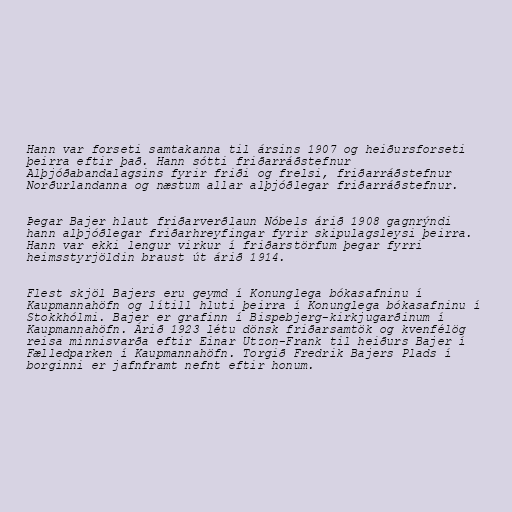
Hann var forseti samtakanna til ársins 1907 og heiðursforseti
þeirra eftir það. Hann sótti friðarráðstefnur
Alþjóðabandalagsins fyrir friði og frelsi, friðarráðstefnur
Norðurlandanna og næstum allar alþjóðlegar friðarráðstefnur.

Þegar Bajer hlaut friðarverðlaun Nóbels árið 1908 gagnrýndi
hann alþjóðlegar friðarhreyfingar fyrir skipulagsleysi þeirra.
Hann var ekki lengur virkur í friðarstörfum þegar fyrri
heimsstyrjöldin braust út árið 1914.

Flest skjöl Bajers eru geymd í Konunglega bókasafninu í
Kaupmannahöfn og lítill hluti þeirra í Konunglega bókasafninu í
Stokkhólmi. Bajer er grafinn í Bispebjerg-kirkjugarðinum í
Kaupmannahöfn. Árið 1923 létu dönsk friðarsamtök og kvenfélög
reisa minnisvarða eftir Einar Utzon-Frank til heiðurs Bajer í
Fælledparken í Kaupmannahöfn. Torgið Fredrik Bajers Plads í
borginni er jafnframt nefnt eftir honum.